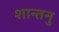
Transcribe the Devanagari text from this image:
शान्‍तनु